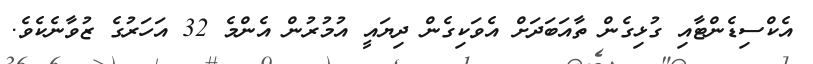
އެކްސިޑެންޓާއި ގުޅިގެން ތާއަބަދަށް އެވަކިގެން ދިޔައީ އުމުރުން އެންމެ 32 އަހަރުގެ ޒުވާނެކެވެ.